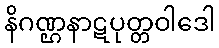
နိဂဏ္ဌနာဋပုတ္တဝါဒေါ